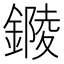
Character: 𨫭